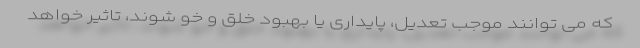
که می توانند موجب تعدیل، پایداری یا بهبود خلق و خو شوند، تاثیر خواهد